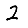
Digit: 2